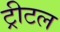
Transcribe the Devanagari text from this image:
ट्रीटल